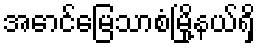
အောင်မြေသာစံမြို့နယ်ရှိ